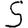
Digit: 5